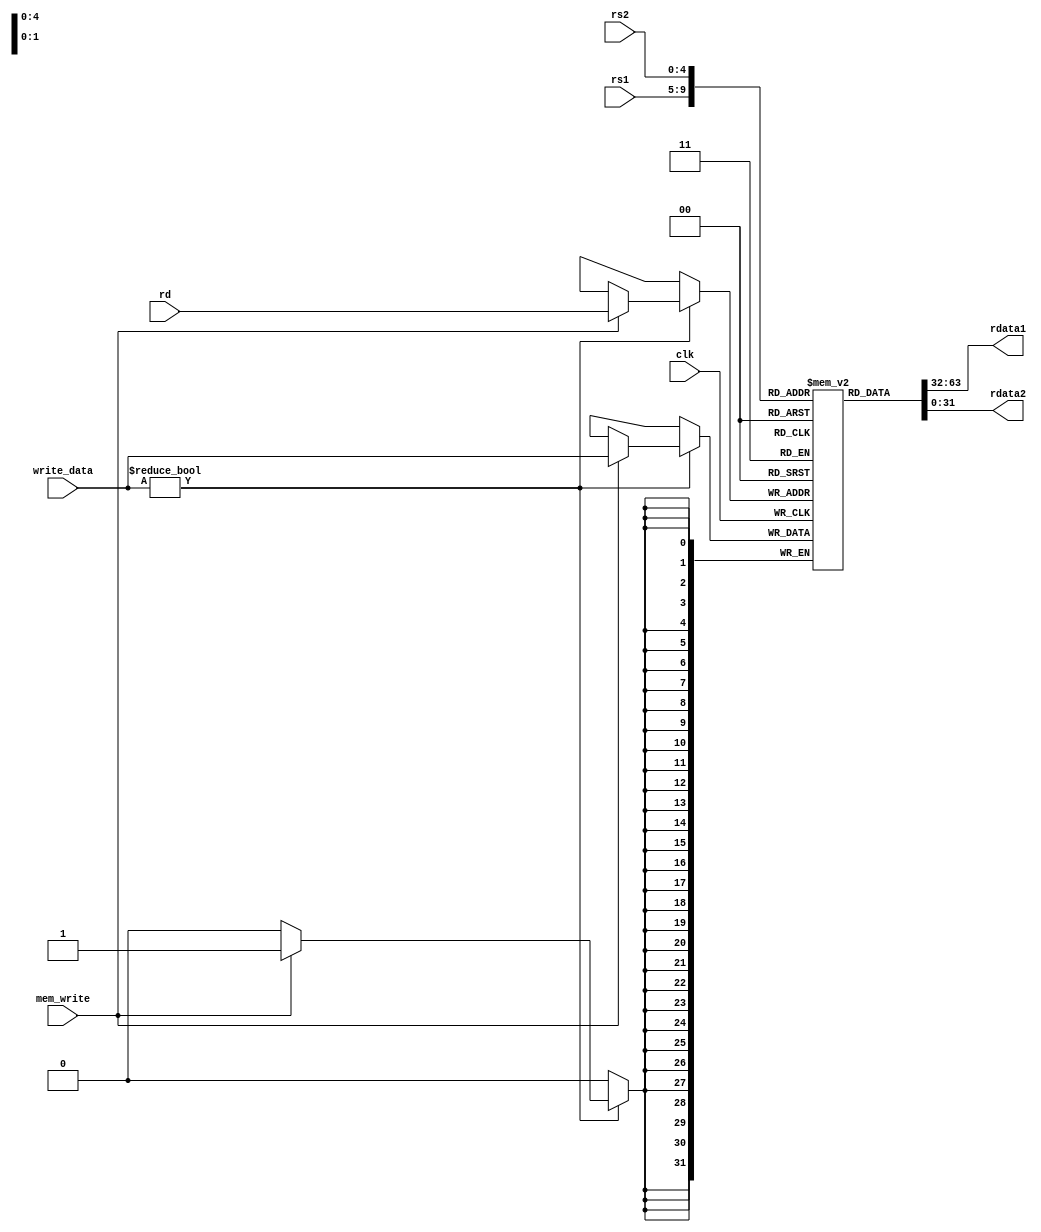
module reg_file(rdata1, rdata2, rs1, rs2, rd, write_data, clk, mem_write);

parameter N=32, Depth = 32;
  input [4 : 0] rs1, rs2, rd;
input [N-1 : 0] write_data;
input mem_write, clk;

output [N-1 : 0] rdata1, rdata2;
reg [N-1: 0] memory [Depth-1: 0];

initial begin
memory[0] = 32'd1;
memory[1] = 32'd1;
memory[2] = 32'd1;
memory[3] = 32'd1;
memory[4] = 32'd4;
memory[5] = 32'd5;
memory[6] = 32'd6;
memory[7] = 32'd7;
memory[8] = 32'd8;
memory[9] = 32'd9;
memory[10] = 32'd10;
memory[11] = 32'd11;
memory[12] = 32'd12;
memory[13] = 32'd13;
memory[14] = 32'd14;
memory[15] = 32'd15;
memory[16] = 32'd16;
memory[17] = 32'd0;
memory[18] = 32'd1;
memory[19] = 32'd19;
memory[20] = 32'd20;
memory[21] = 32'd21;
memory[22] = 32'd22;
memory[23] = 32'd23;
memory[24] = 32'd24;
memory[25] = 32'd25;
memory[26] = 32'd26;
memory[27] = 32'd27;
memory[28] = 32'd28;
memory[29] = 32'd29;
memory[30] = 32'd30;
memory[31] = 32'd31;
memory[32] = 32'd32;
end

assign rdata1 = memory[rs1];
assign rdata2 = memory[rs2];

always @(posedge clk) begin
	if(write_data != 0) begin
		if(mem_write)
		memory[rd] = write_data;
	end
end
endmodule